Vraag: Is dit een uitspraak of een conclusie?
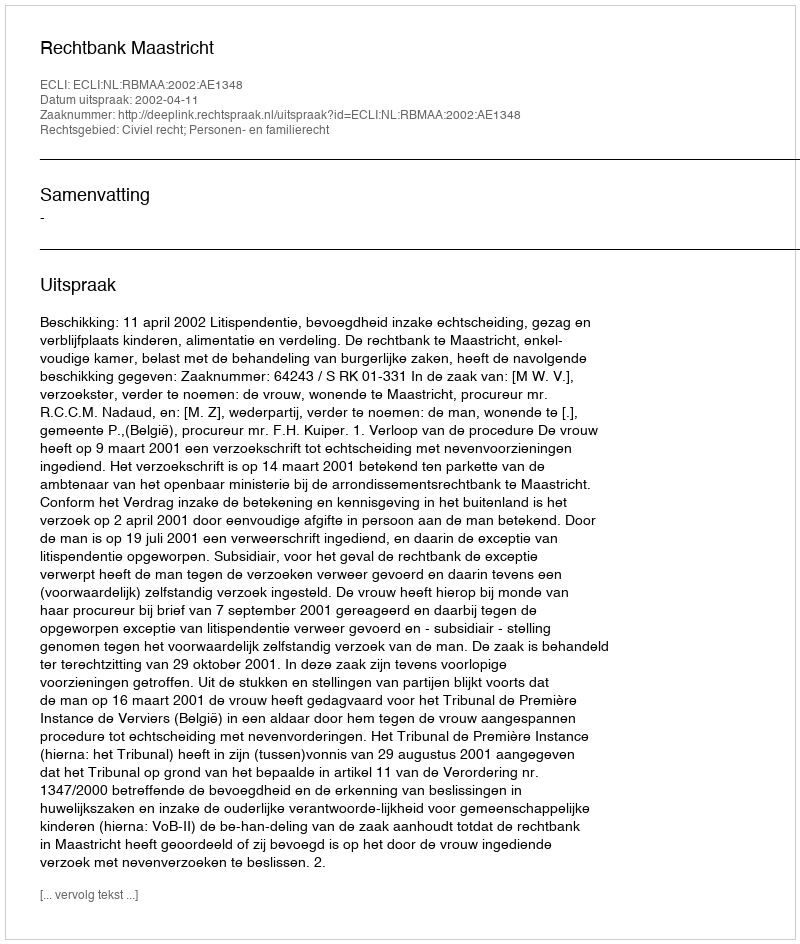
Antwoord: Uitspraak